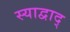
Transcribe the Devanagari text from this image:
स्याद्वाद्